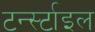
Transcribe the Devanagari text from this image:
टर्न्स्टाइल